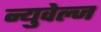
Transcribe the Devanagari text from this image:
न्युवेल्ज